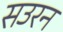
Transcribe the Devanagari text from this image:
सउरन